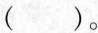
()。